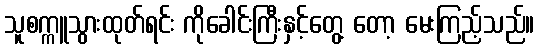
သူစက္ကူသွားထုတ်ရင်း ကိုခေါင်းကြီးနှင့်တွေ့ တော့ မေးကြည့်သည်။